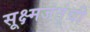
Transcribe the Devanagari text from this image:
सूक्ष्मजंतूंची